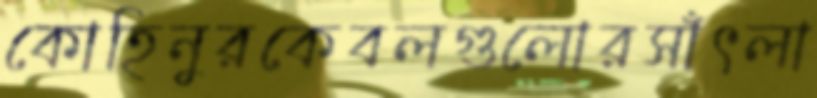
কোহিনুরকেবলগুলোরসাঁৎলা